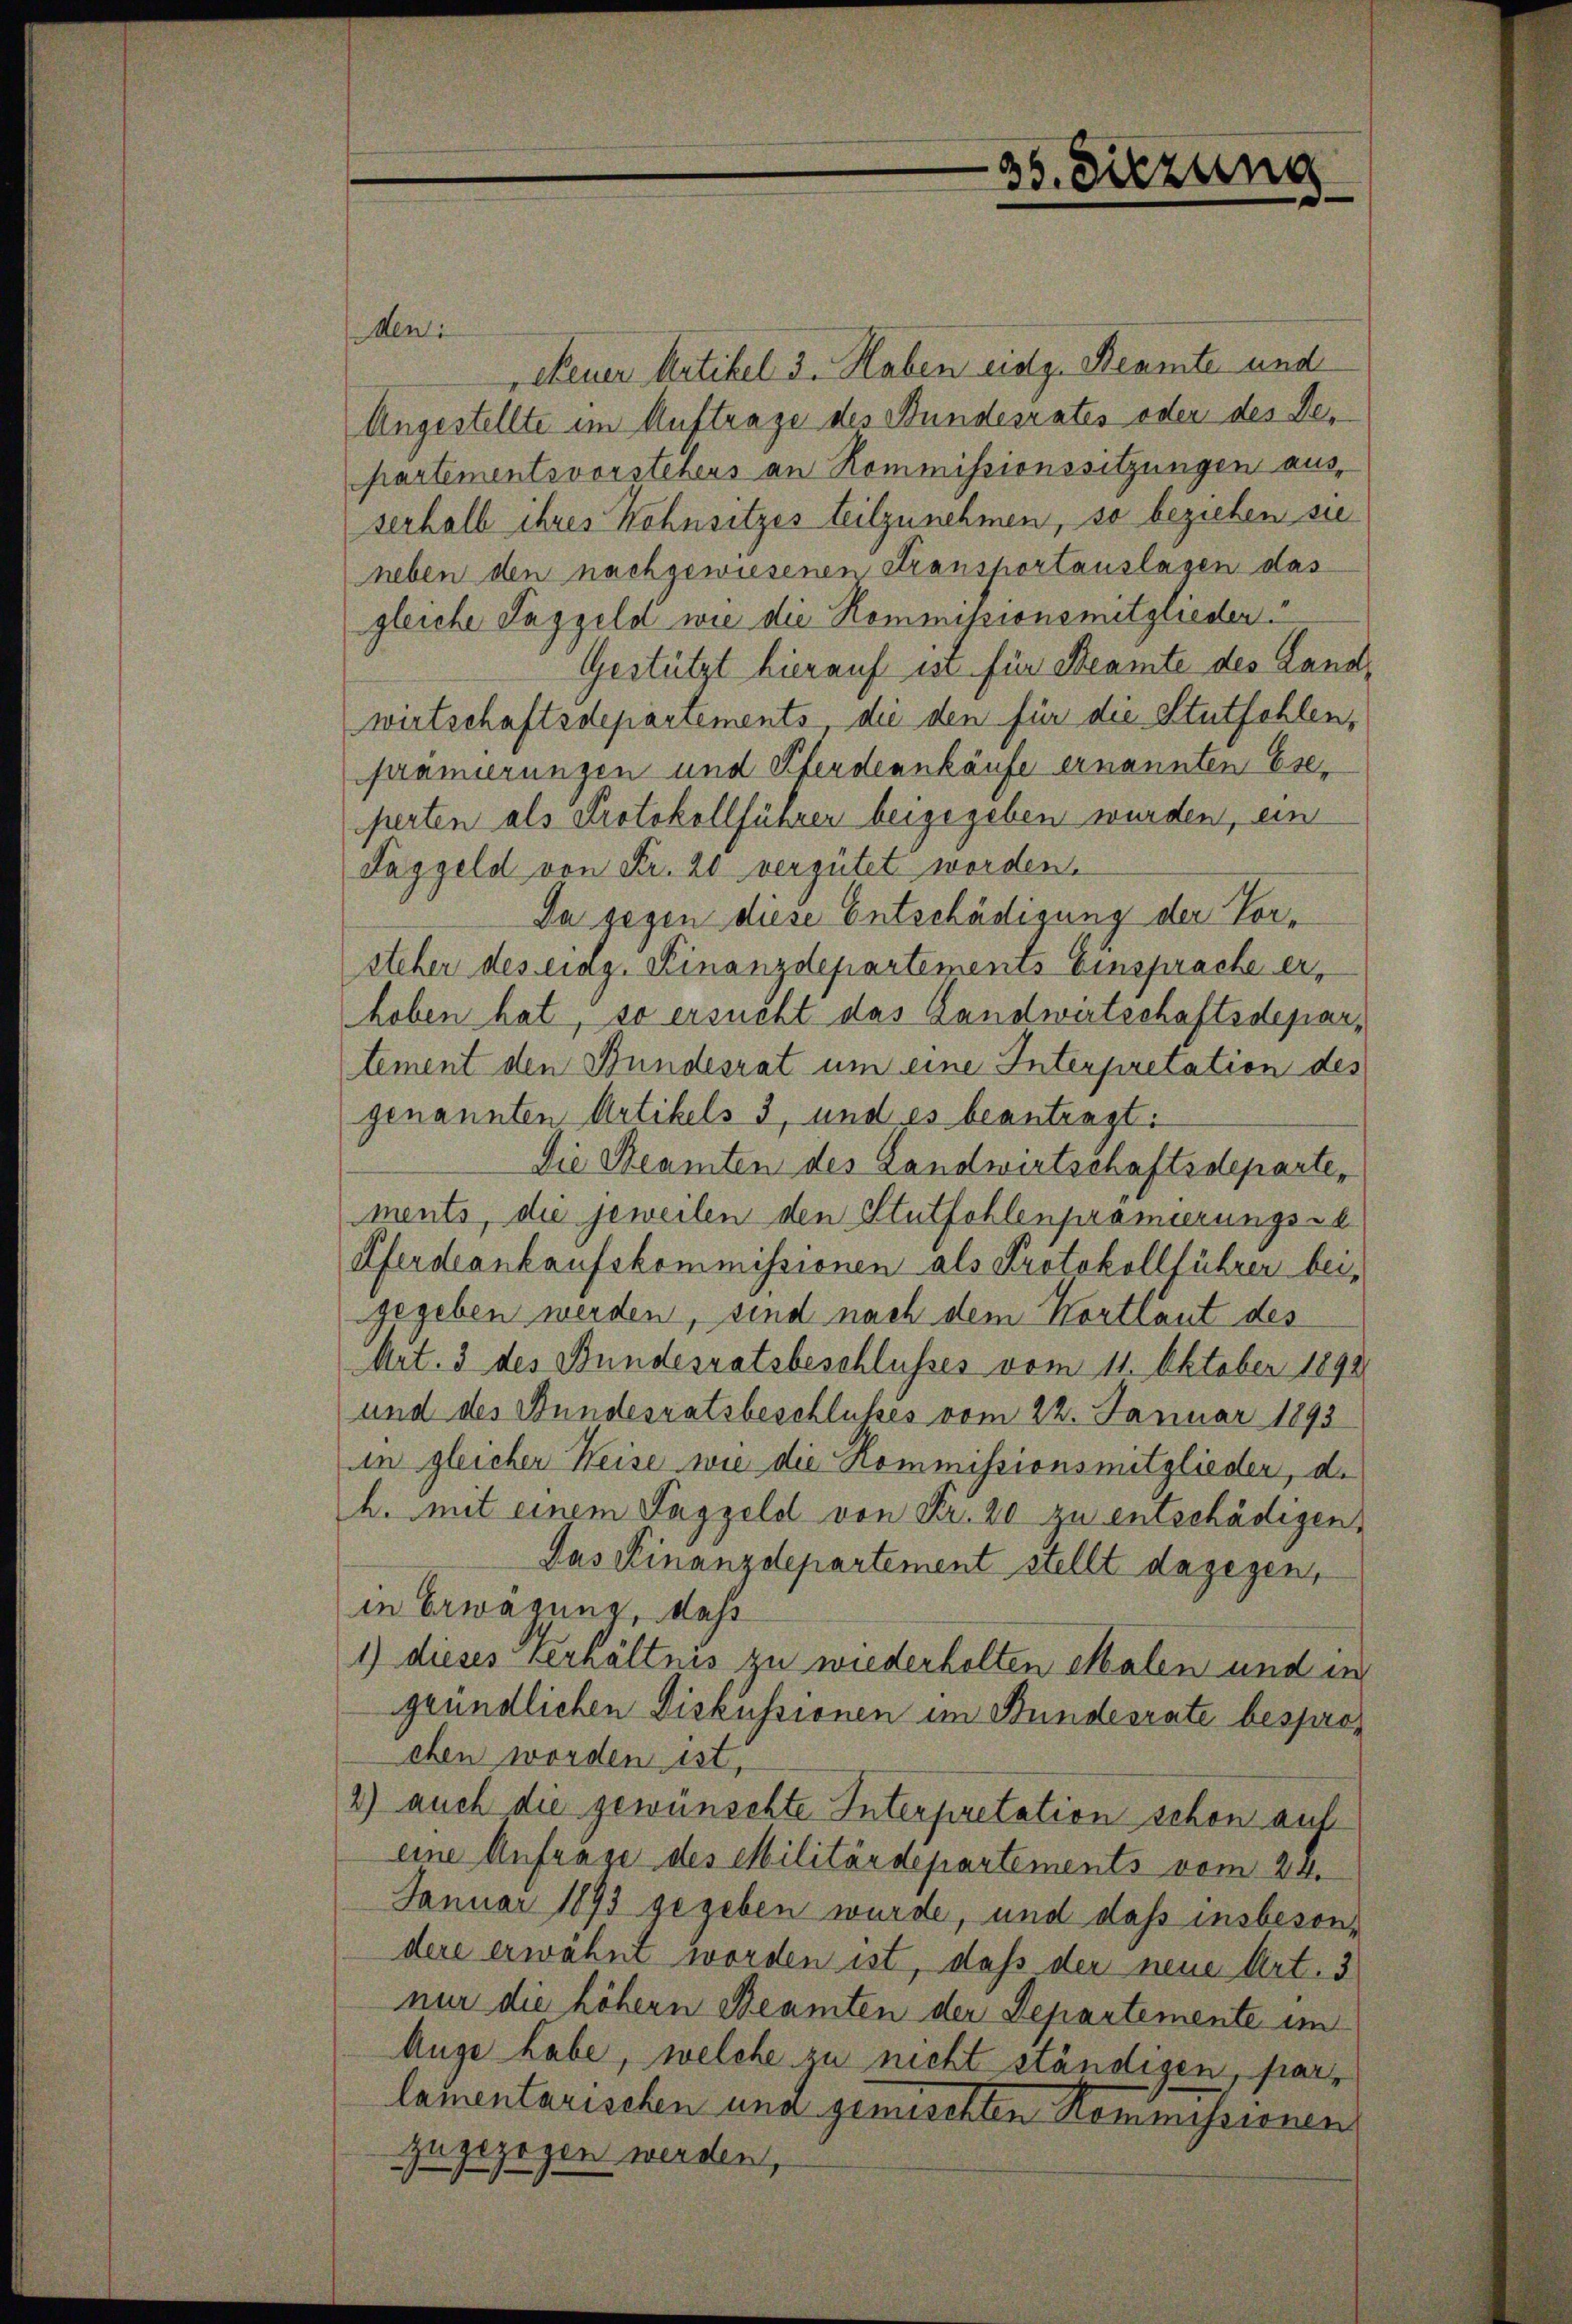
36. Sitzung

den:
Feuer Artikel 3. Haben eidg. Beamte und
Angestellte im Auftrage des Bundesrates oder des Departementsvorstehens an Kommissionssitzungen aus,
serhalb ihres Wohnsitzes teilzunehmen, so beziehen sie
neben den nachgewiesenen Stransportauslagen das
gleiche Taggeld wie die Kommisionsmitglieder.
Gestützt hierauf ist für Beamte des Landwirtschaftsdepartements die den für die Stutfehlen,
prämierungen und Pferdennkäufe ernannten Eser
perten als Protokollführer beigegeben wurden, ein
Taggeld von Fr. 20 vergütet worden.
Da gegen diese Entschädigung der Vorsteher des eidg. Finanzdepartements Einsprache erhoben hat, so ersucht das Landwirtschaftsdepartement den Bundesrat um eine Interpretation des
genannten Artikels 3, und es beantragt:
Die Beamten des Landwirtschaftsdeparte,
ments, die jeweilen den Stutfohlenpramierungs-E
Pferdeankaufskommissionen als Protokollführer bei,
gegeben werden, sind nach dem Kortlaut des
Art. 3 des Bundesratsbeschlusses vom 11. Oktober 1892
und des Stundesratsbeschlusses vom 22. Januar 1893
in gleicher Weise wie die Kommissionsmitglieder, d.
h. mit einem Taggeld von Fr. 20 zu entschädigen,
Das Finanzdepartement stellt dagegen,
in Erwägung, daß
1) dieses verhältnis zu wiederholten Malen und in
gründlichen Diskussionen im Bundesrate besprochen worden ist,
2) auch die gewünschte Interpretation schon auf
eine Anfrage des Militärdepartements vom 24.
Januar 1893 gegeben wurde, und dass insbesondere erwähnt worden ist, dass der neue Art. 3
nur die höhern Beamten der Departemente im
Auge habe, welche zu nicht ständigen, frarlamentarischen una gemischten Kommissionen
zugezogen werden,